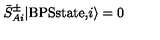
{ \bar { S } } _ { A i } ^ { \pm } \vert \mathrm { B P S s t a t e , } i \rangle = 0